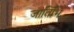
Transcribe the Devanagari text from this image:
जातिभि